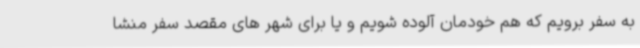
به سفر برویم که هم خودمان آلوده شویم و یا برای شهر های مقصد سفر منشا